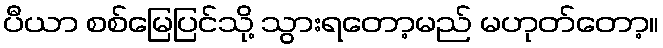
ပီယာ စစ်မြေပြင်သို့ သွားရတော့မည် မဟုတ်တော့။